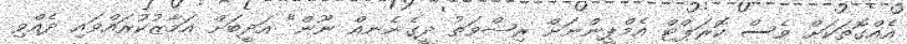
އެއްގޮތަކަށް ވެސް ކޮރަޕްޓް އެމްޕީންނަށް ރިޝްވަތު ދީގެނެނއް ނޫން" އަދީބަށް އަމާޒުކުރައްވައި ދެއްވި